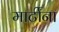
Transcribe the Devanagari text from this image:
मार्टीना